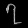
Digit: ၇